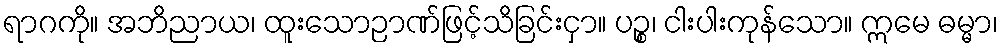
ရာဂကို။ အဘိညာယ၊ ထူးသောဉာဏ်ဖြင့်သိခြင်းငှာ။ ပဉ္စ၊ ငါးပါးကုန်သော။ ဣမေ ဓမ္မာ၊